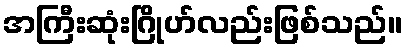
အကြီးဆုံးဂြိုဟ်လည်းဖြစ်သည်။